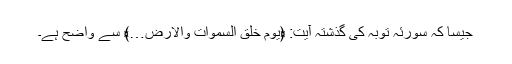
جیسا کہ سورئہ توبہ کی گذشتہ آیت: ﴿يوْمَ خَلَقَ السَّمٰوَاتِ وَالاَرْضَ…﴾ سے واضح ہے۔